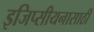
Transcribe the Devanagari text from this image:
इजिप्सीयनासाठी